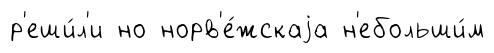
р'еши́л'и но норв'е́жскаjа н'ебольши́м